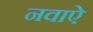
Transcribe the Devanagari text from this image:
नवाऐ